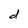
Character: d